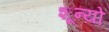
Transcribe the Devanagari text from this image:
शून्यो